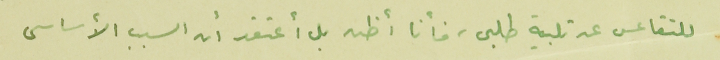
للتقاعس عن تلبية طلبى، فأنا أظن بل أعتقد أن السبب الأساسى